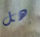
هل